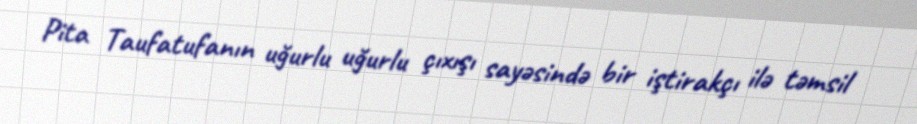
Pita Taufatufanın uğurlu uğurlu çıxışı sayəsində bir iştirakçı ilə təmsil